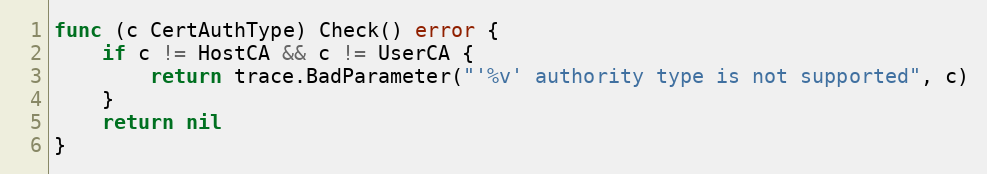
Language: Go
func (c CertAuthType) Check() error {
	if c != HostCA && c != UserCA {
		return trace.BadParameter("'%v' authority type is not supported", c)
	}
	return nil
}